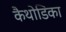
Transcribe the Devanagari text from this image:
कैथोडिका